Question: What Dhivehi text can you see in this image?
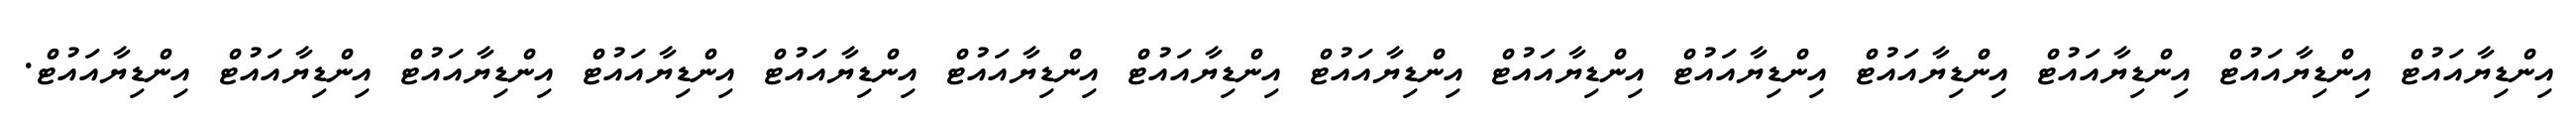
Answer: އިންޑިޔާއައުޓް އިންޑިޔާއައުޓް އިންޑިޔާއައުޓް އިންޑިޔާއައުޓް އިންޑިޔާއައުޓް އިންޑިޔާއައުޓް އިންޑިޔާއައުޓް އިންޑިޔާއައުޓް އިންޑިޔާއައުޓް އިންޑިޔާއައުޓް އިންޑިޔާއައުޓް އިންޑިޔާއައުޓް އިންޑިޔާއައުޓް އިންޑިޔާއައުޓް.